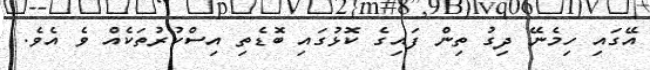
އޭގައި ހިމެނޭ ދިގު ތިން ފައިގެ ކޮޅުގައި ބޮޑެތި އިސްކުރުތަކެއް ވެ އެވެ.